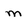
Character: m